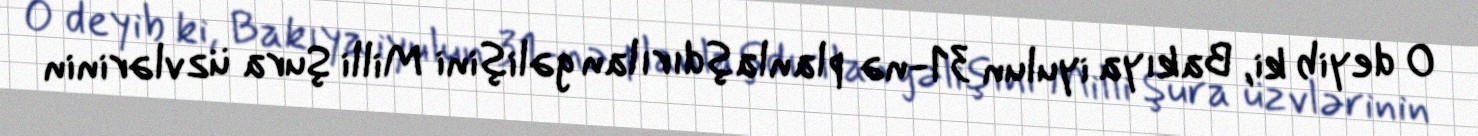
O deyib ki, Bakıya iyulun 31-nə planlaşdırılan gəlişini Milli Şura üzvlərinin